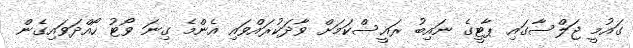
ގައުމީ ޖަލްސާގައި ޕާޓީގެ ނައިބު ރައީސްކަމަށް ވާދަކުރައްވައި އެންމެ ގިނަ ވޯޓު ހޯއްދަވައިގެން